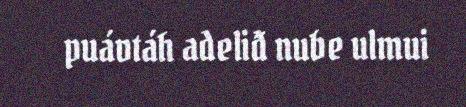
puávtáh adeliđ nube ulmui